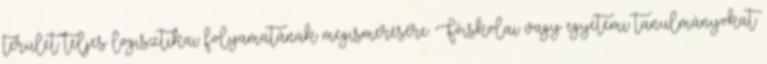
terület teljes logisztikai folyamatának megismerésére. Főiskolai vagy egyetemi tanulmányokat